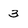
Character: 3